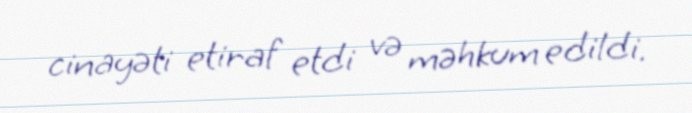
cinayəti etiraf etdi və məhkum edildi.